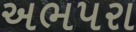
અભપરા